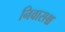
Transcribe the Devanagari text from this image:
निवासश्च